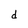
Character: d